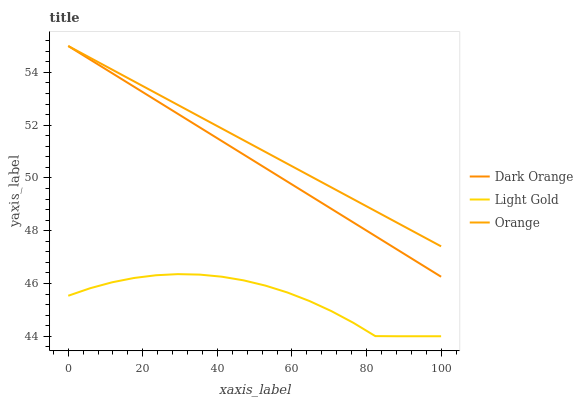
| xaxis_label | Dark Orange | Light Gold | Orange |
 | --- | --- | --- | --- |
 | 0 | 55 | 45.5 | 55 |
 | 5.88 | 54.5 | 45.8 | 54.6 |
 | 11.8 | 54 | 46 | 54.1 |
 | 17.6 | 53.5 | 46.2 | 53.7 |
 | 23.5 | 52.9 | 46.3 | 53.2 |
 | 29.4 | 52.4 | 46.4 | 52.8 |
 | 35.3 | 51.9 | 46.3 | 52.3 |
 | 41.2 | 51.4 | 46.3 | 51.9 |
 | 47.1 | 50.9 | 46.1 | 51.4 |
 | 52.9 | 50.4 | 45.9 | 51 |
 | 58.8 | 49.9 | 45.7 | 50.5 |
 | 64.7 | 49.3 | 45.3 | 50.1 |
 | 70.6 | 48.8 | 45 | 49.6 |
 | 76.5 | 48.3 | 44.5 | 49.2 |
 | 82.4 | 47.8 | 44 | 48.7 |
 | 88.2 | 47.3 | 44 | 48.3 |
 | 94.1 | 46.8 | 44 | 47.9 |
 | 100 | 46.3 | 44 | 47.4 |